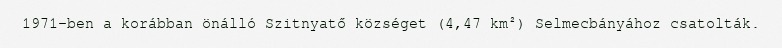
1971-ben a korábban önálló Szitnyatő községet (4,47 km²) Selmecbányához csatolták.